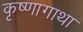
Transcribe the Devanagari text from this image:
कृष्णागाथा